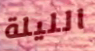
الليلة